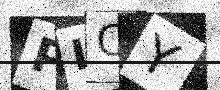
Text: PLCY